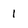
Character: i